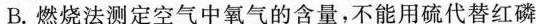
B.燃烧法测定空气中氧气的含量，不能用硫代替红磷